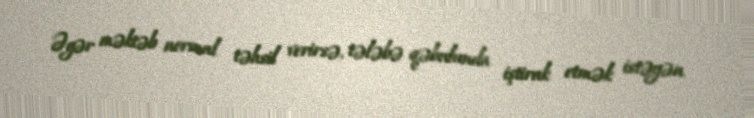
Əgər məktəb normal təhsil verirsə, tələbə qəbulunda iştirak etmək istəyən